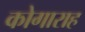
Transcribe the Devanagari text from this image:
कोगाराह